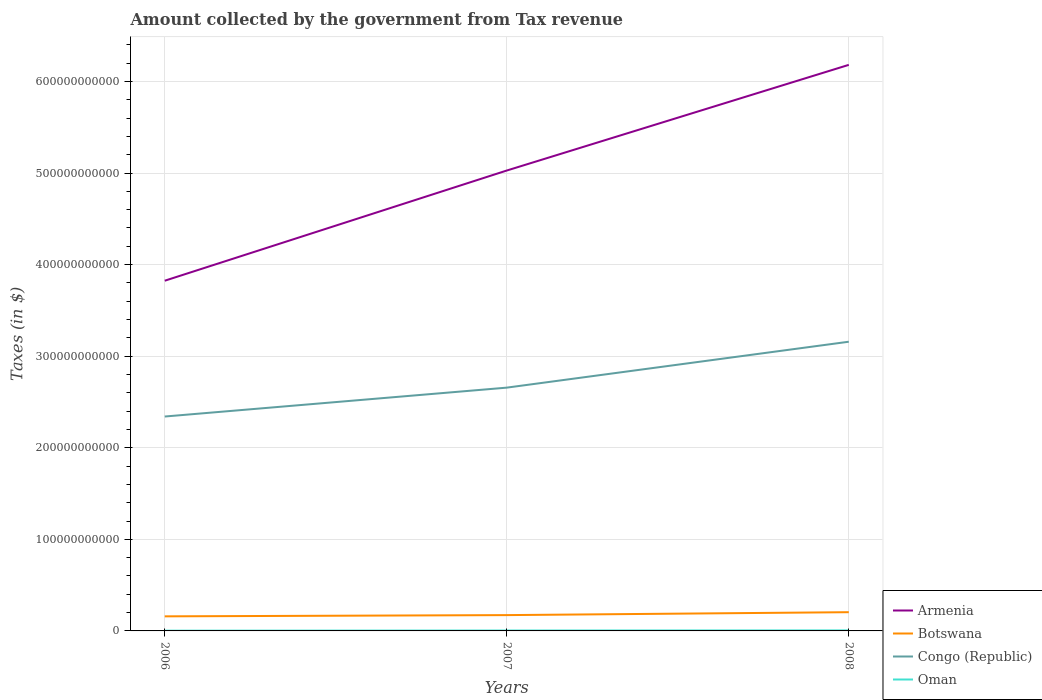
| Years | Armenia | Botswana | Congo (Republic) | Oman |
 | --- | --- | --- | --- | --- |
 | 2006 | 3.82e+11 | 1.59e+10 | 2.34e+11 | 2.78e+08 |
 | 2007 | 5.03e+11 | 1.73e+10 | 2.66e+11 | 4.38e+08 |
 | 2008 | 6.18e+11 | 2.05e+10 | 3.16e+11 | 5.66e+08 |